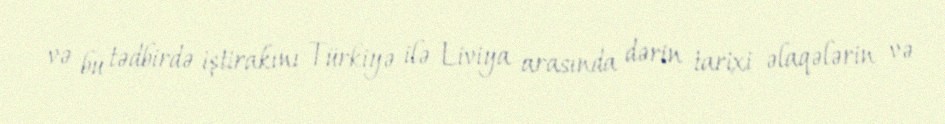
və bu tədbirdə iştirakını Türkiyə ilə Liviya arasında dərin tarixi əlaqələrin və